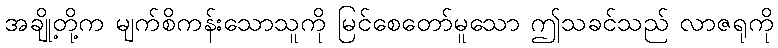
အချို့တို့က မျက်စိကန်းသောသူကို မြင်စေတော်မူသော ဤသခင်သည် လာဇရုကို